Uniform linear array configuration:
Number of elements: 32
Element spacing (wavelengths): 0.25
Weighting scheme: blackman
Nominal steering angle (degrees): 60
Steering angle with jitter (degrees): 58.9
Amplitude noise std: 0.05
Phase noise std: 0.05

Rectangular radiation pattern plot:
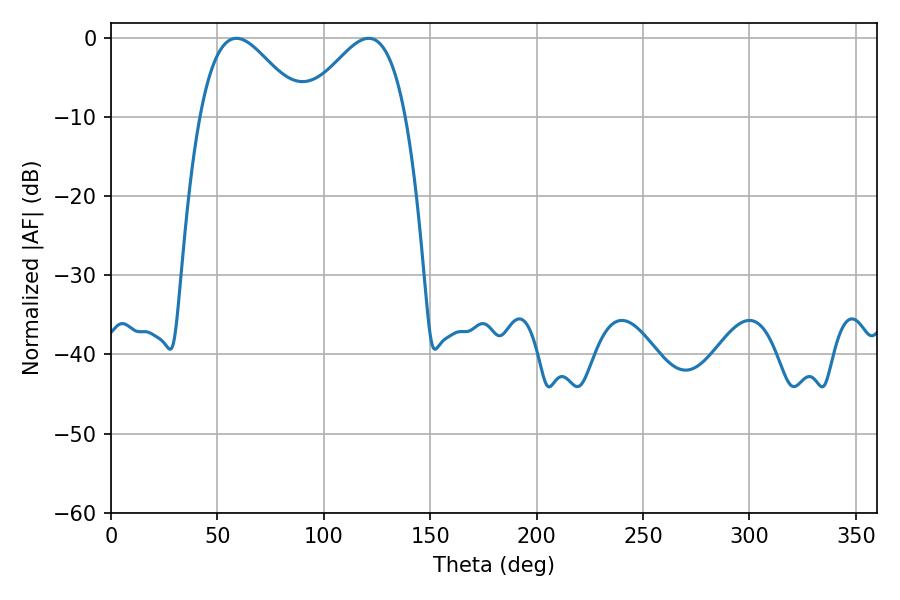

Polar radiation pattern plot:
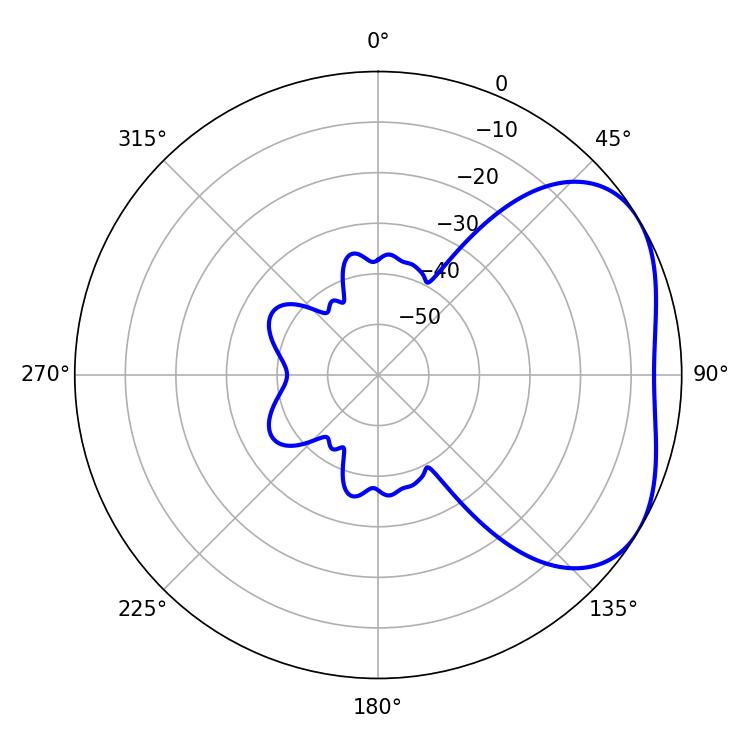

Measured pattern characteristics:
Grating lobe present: FALSE
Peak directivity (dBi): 3.625
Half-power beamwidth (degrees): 25.74
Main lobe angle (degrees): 58.86